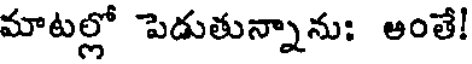
మాటల్లో పెడుతున్నాను: అంతే!